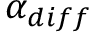
\alpha _ { d i f f }